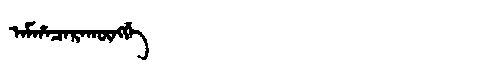
Manchu: ᠠᠮᡥᠠᠴᠠᡵᠠᡴᡡᠩᡤᡝ
Romanization: AMHACARAKŪNGGE